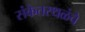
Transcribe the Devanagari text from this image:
संकेतस्थळंचे